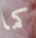
كما